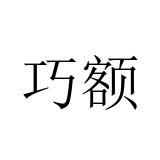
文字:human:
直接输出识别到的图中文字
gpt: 巧额